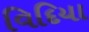
વિદિયા